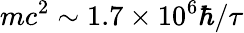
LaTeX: mc^{2}\sim 1.7\times 10^{6}\hbar/\tau